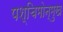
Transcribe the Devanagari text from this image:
पश्चिमोन्मुख